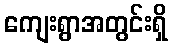
ကျေးရွာအတွင်းရှိ